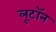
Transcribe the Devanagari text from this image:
लूटॉन